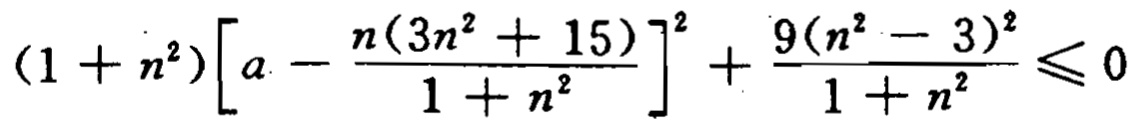
\((1 + n^{2})\left[a - \frac{n(3n^{2} + 15)}{1 + n^{2}}\right]^{2} + \frac{9(n^{2} - 3)^{2}}{1 + n^{2}} \leqslant 0\)